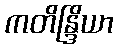
ကတိန္ဒြိယာ